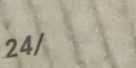
24/7